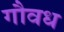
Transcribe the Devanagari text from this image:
गौवध